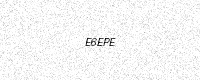
Text: E6EPE